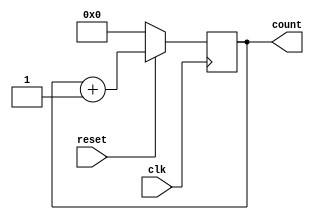
module TLC1 (clk,reset,count);
input clk,reset;
output reg [3:0] count;

always@(posedge clk)

if (reset)
count=count+1'd1;
else
count=0;

endmodule